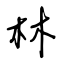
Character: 林